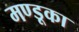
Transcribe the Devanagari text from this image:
मण्डूका